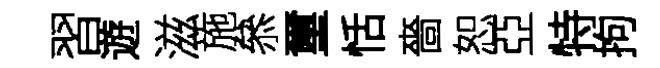
習遊滋施叅璽恬嗇恕亞特拘